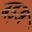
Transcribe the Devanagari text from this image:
बड़अ